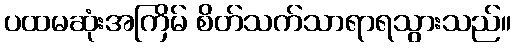
ပထမဆုံးအကြိမ် စိတ်သက်သာရာရသွားသည်။